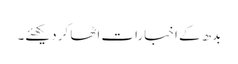
بدھ کے اخبارات اٹھا کر دیکھئے۔